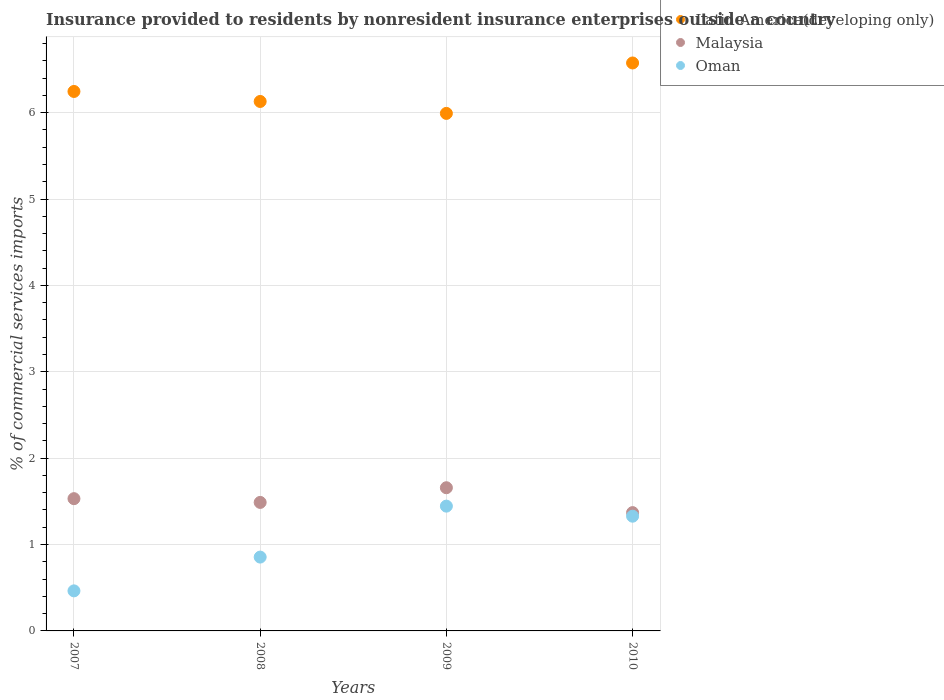
| Years | Latin America(developing only) | Malaysia | Oman |
 | --- | --- | --- | --- |
 | 2007 | 6.25 | 1.53 | 0.464 |
 | 2008 | 6.13 | 1.49 | 0.855 |
 | 2009 | 5.99 | 1.66 | 1.44 |
 | 2010 | 6.57 | 1.37 | 1.33 |